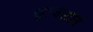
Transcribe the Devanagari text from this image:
खुजिस्तान